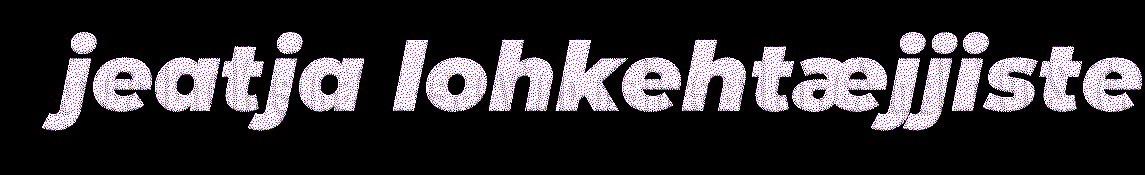
jeatja lohkehtæjjiste